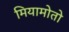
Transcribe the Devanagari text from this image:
मियामोतो